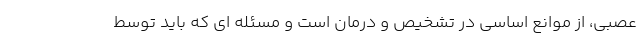
عصبی، از موانع اساسی در تشخیص و درمان است و مسئله ای که باید توسط